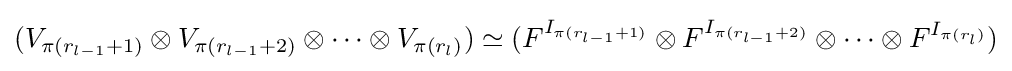
(V_{\pi (r_{l-1}+1)}\otimes V_{\pi (r_{l-1}+2)}\otimes \cdots \otimes V_{\pi (r_{l})})\simeq (F^{I_{\pi (r_{l-1}+1)}}\otimes F^{I_{\pi (r_{l-1}+2)}}\otimes \cdots \otimes F^{I_{\pi (r_{l})}})